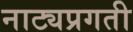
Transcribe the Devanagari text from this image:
नाट्यप्रगती